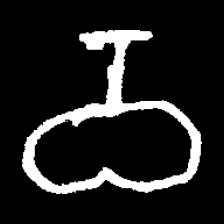
Pyu character \u2014 Myanmar letter: ဝ (romanized: wa)